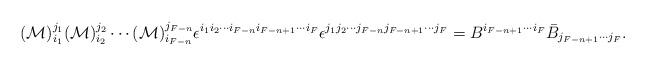
LaTeX: \begin{align*} ({\cal M})_{i_1}^{j_1} ({\cal M})_{i_2}^{j_2} \cdots ({\cal M})_{i_{F-n}}^{j_{F-n}} \epsilon^{i_1 i_2 \cdots i_{F-n} i_{F-n+1} \cdots i_F} \epsilon^{j_1 j_2 \cdots j_{F-n} j_{F-n+1} \cdots j_F} = B^{i_{F-n+1} \cdots i_F} \bar{B}_{j_{F-n+1} \cdots j_F}.\end{align*}